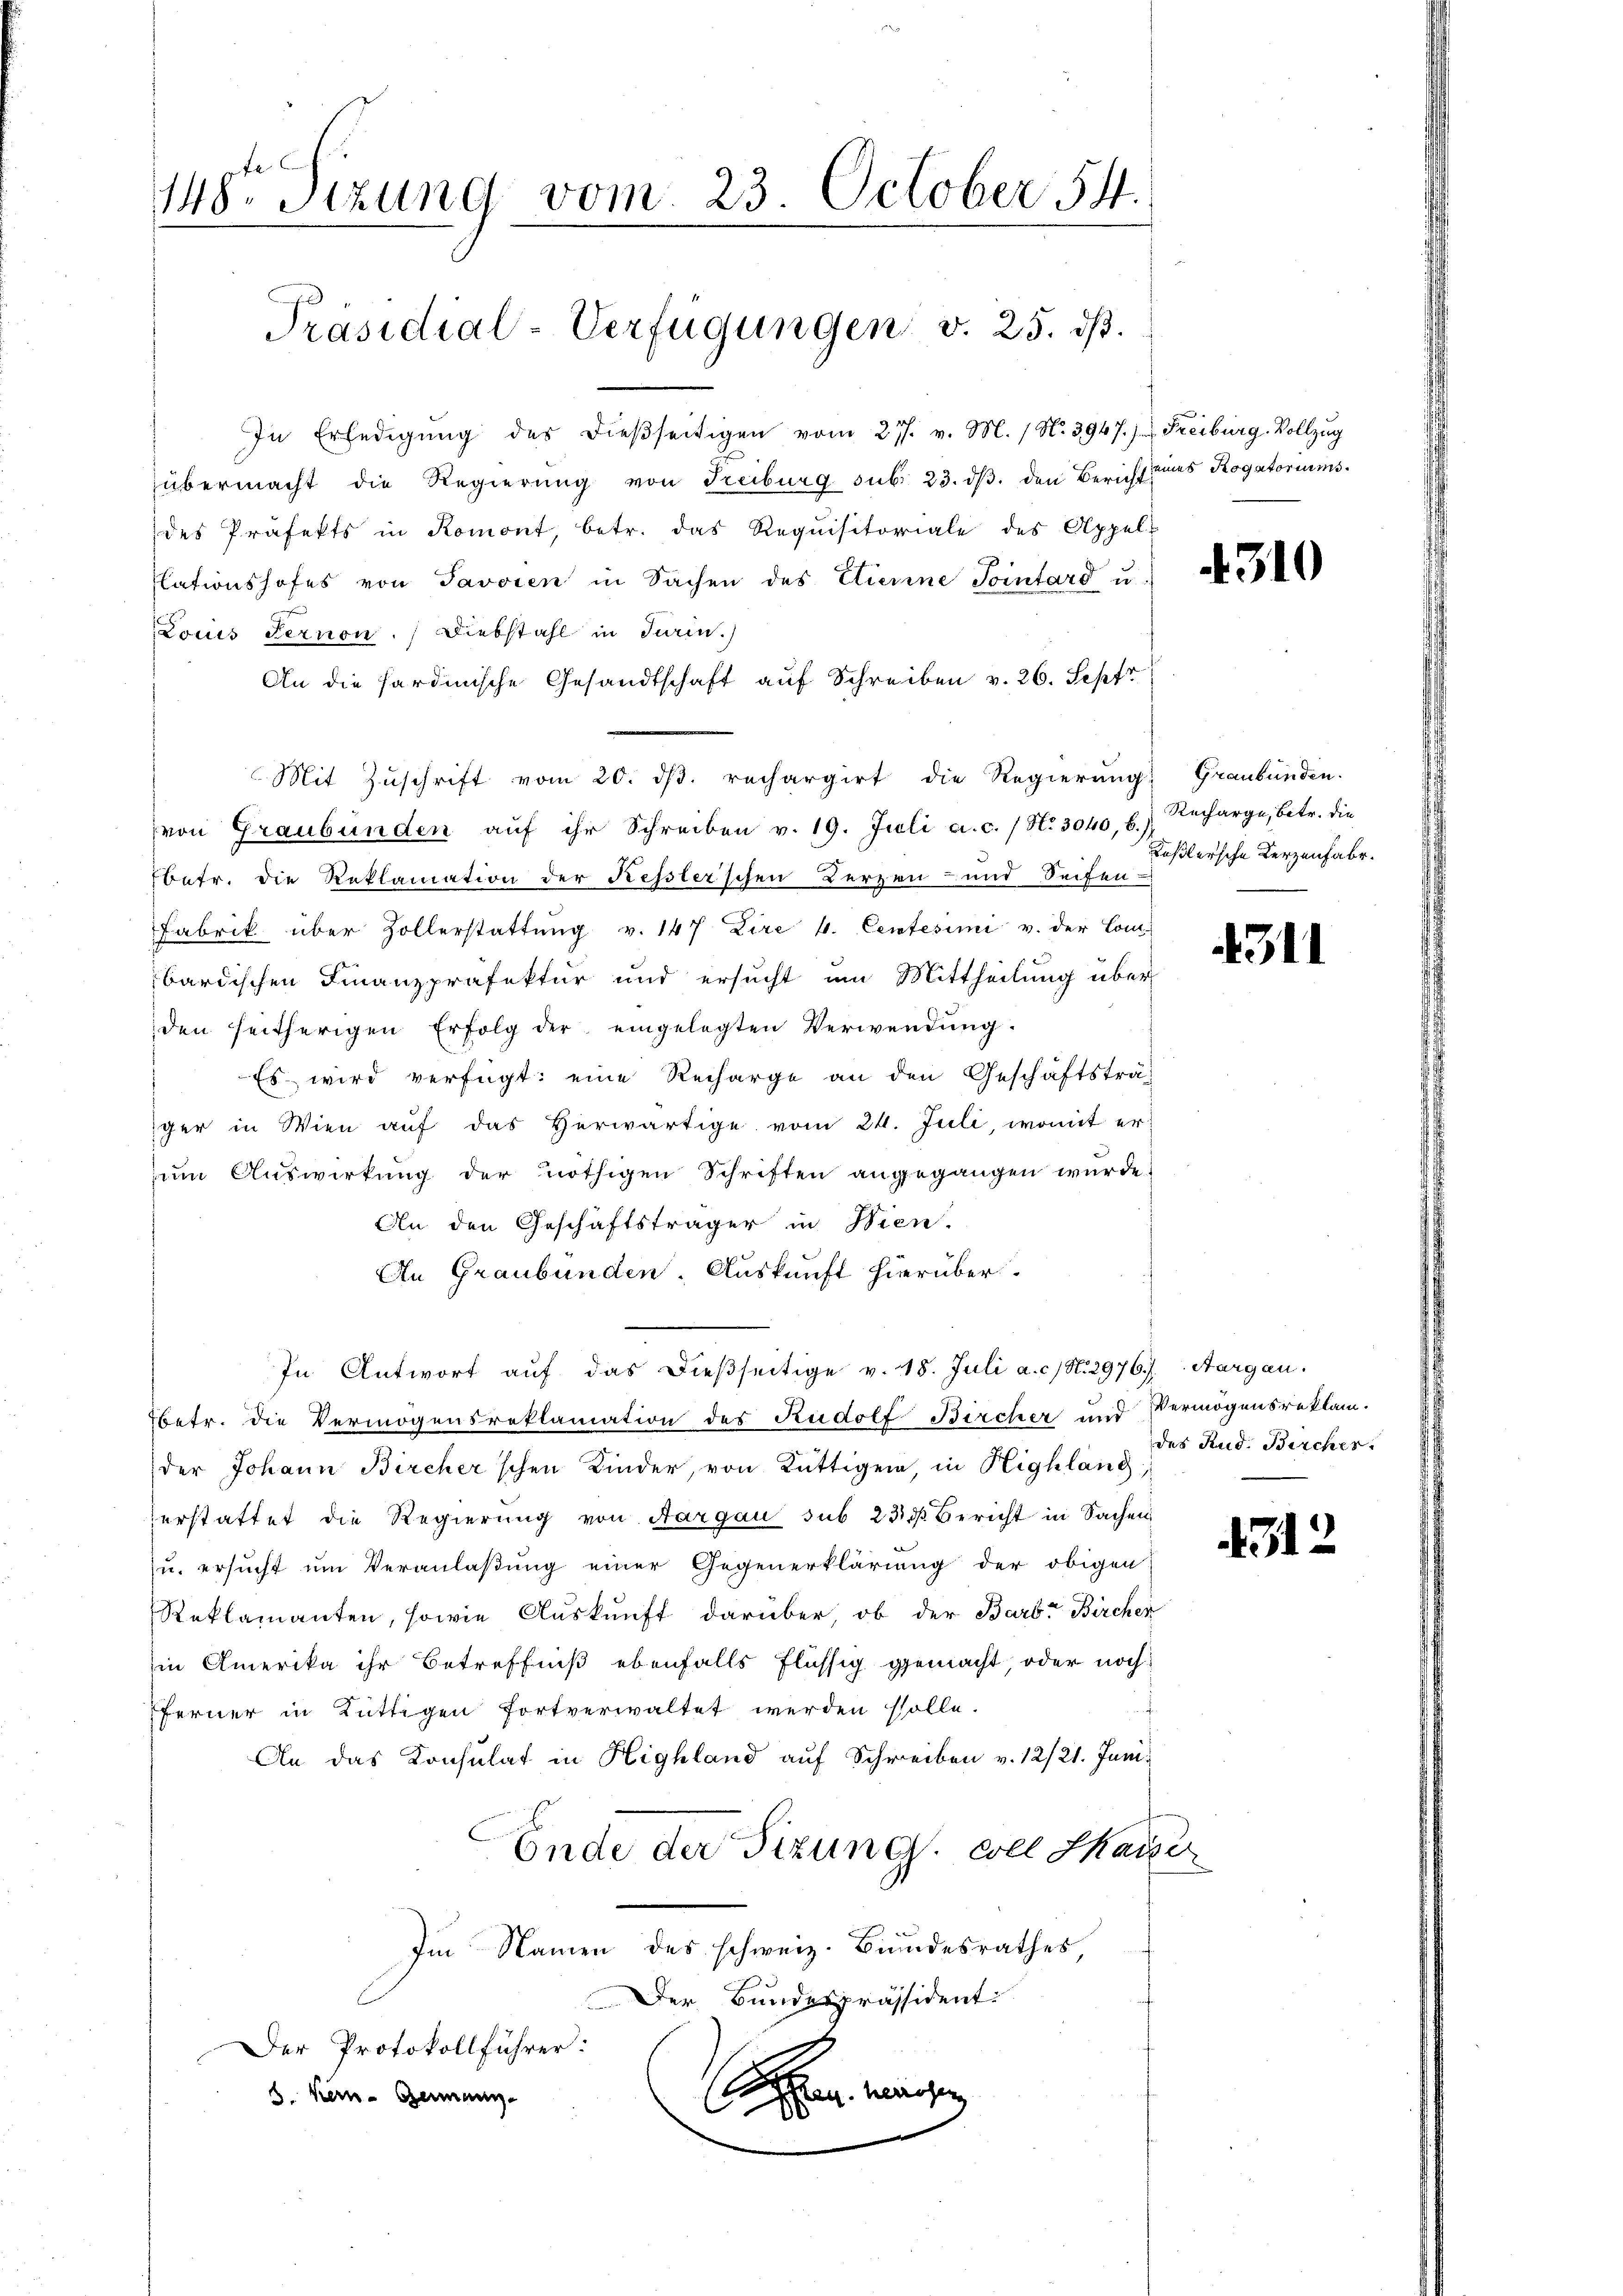
148. Sizung vom 23. October 54.
Präsidial-Verfügungen v. 25. ds.

In Erledigŭng des dieβseitigen vom 27. v. M. (N. 3947.) Freiburg-Vollzug
übermacht die Regierung von Treiburg sub. 23. dβ. den Bericht eines Rogatoriums.
des Präfekts in Romont, betr. das Requisitoriale des Appel-
lationshofes von Javoren in Sachen des Etierine Pointard u.
Louis Fernen. Diebstahl in Turin.
An die sardinische Gesandtschaft auf Schreiben v. 26. Sept
Mit Zŭschrift vom 20. dβ. rechargirt die Regierung Graubünden.
von Graubünden aŭf ihr Schreiben v. 19. Juli a.c. / N. 3040, b.)
betr. die Reklamation der Kessler’schen Berzen- und Seiten-
Fabrik über Zollerstattŭng v. 147 Lire v. Centesimi v. der Combardischen Finanzpräfektur und ersucht um Mittheilung über
den seitherigen Erfolg der eingelegten Verwendŭng.
Es wird verfügt: eine Recharge an den Geschäftsträ-
iger in Wien auf das Herwärtige vom 24. Juli, womit er
um Auswirkung der nöthigen Schriften angegangen wurde.
An den Geschäftsträger in Wien,
An Graubünden. Auskunft hierüber
In Antwort auf das dießseitige v. 18. Juli a. c. N. 2976). Aargau.
Ebetr. die Vermögensreklamation des Rudolf Bircher und
der Johann Bircher'schen Kinder, von Rüttigen, in Highlang
erstattet die Regierung von Aargau sub 23 d Bericht in Sachen
u. ersucht um Veranlaßung einer Gegenerklärung der obigen
Reklamanten, sowie Auskunft darüber, ob der Barb. Birchen
in Amerika ihr Betreffniß ebenfalls flüssig gemacht, oder noch
ferner in Küttigen fortverwaltet werden solle.
An das Konsulat in Highland auf Schreiben v. 12/21. Juni.
Ende der Sizung, coll Harzer
Im Namen des schweiz. Bundesrathes,
Der Bundespräsident
Der Protokollführer:
 waren
b. Kern Germann

4310

Recharge, betr. die
Keßlersche Kerzenfabr.

4311

Vermögensreklam.
des Rud. Bercher

4512